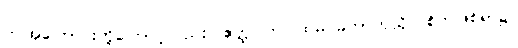
ဤအကြောင်းတို့ကြောင့်လည်း။ ဧတ္ထ၊ ဤပထမ မဟာကုသိုလ်စိတ်ဖြစ်ရာ၌။